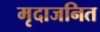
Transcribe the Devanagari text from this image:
मृदाजनित